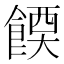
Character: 𫗔